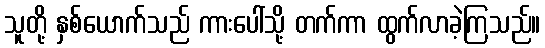
သူတို့ နှစ်ယောက်သည် ကားပေါ်သို့ တက်ကာ ထွက်လာခဲ့ကြသည်။